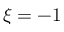
\xi = - 1